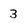
Character: 3